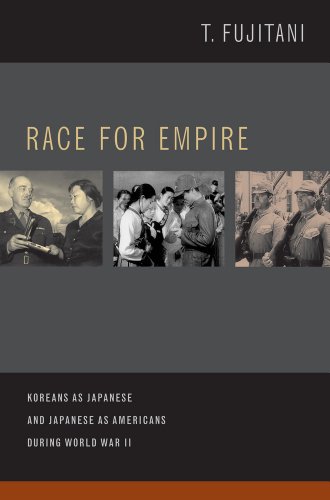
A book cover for Race for Empire: Koreans as Japanese and Japanese as Americans during World War II (Asia Pacific Modern); Takashi Fujitani; History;